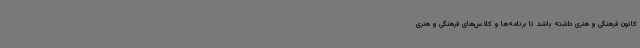
کانون فرهنگی و هنری داشته باشد تا برنامه‌ها و کلاس‌های فرهنگی و هنری